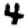
Digit: 4